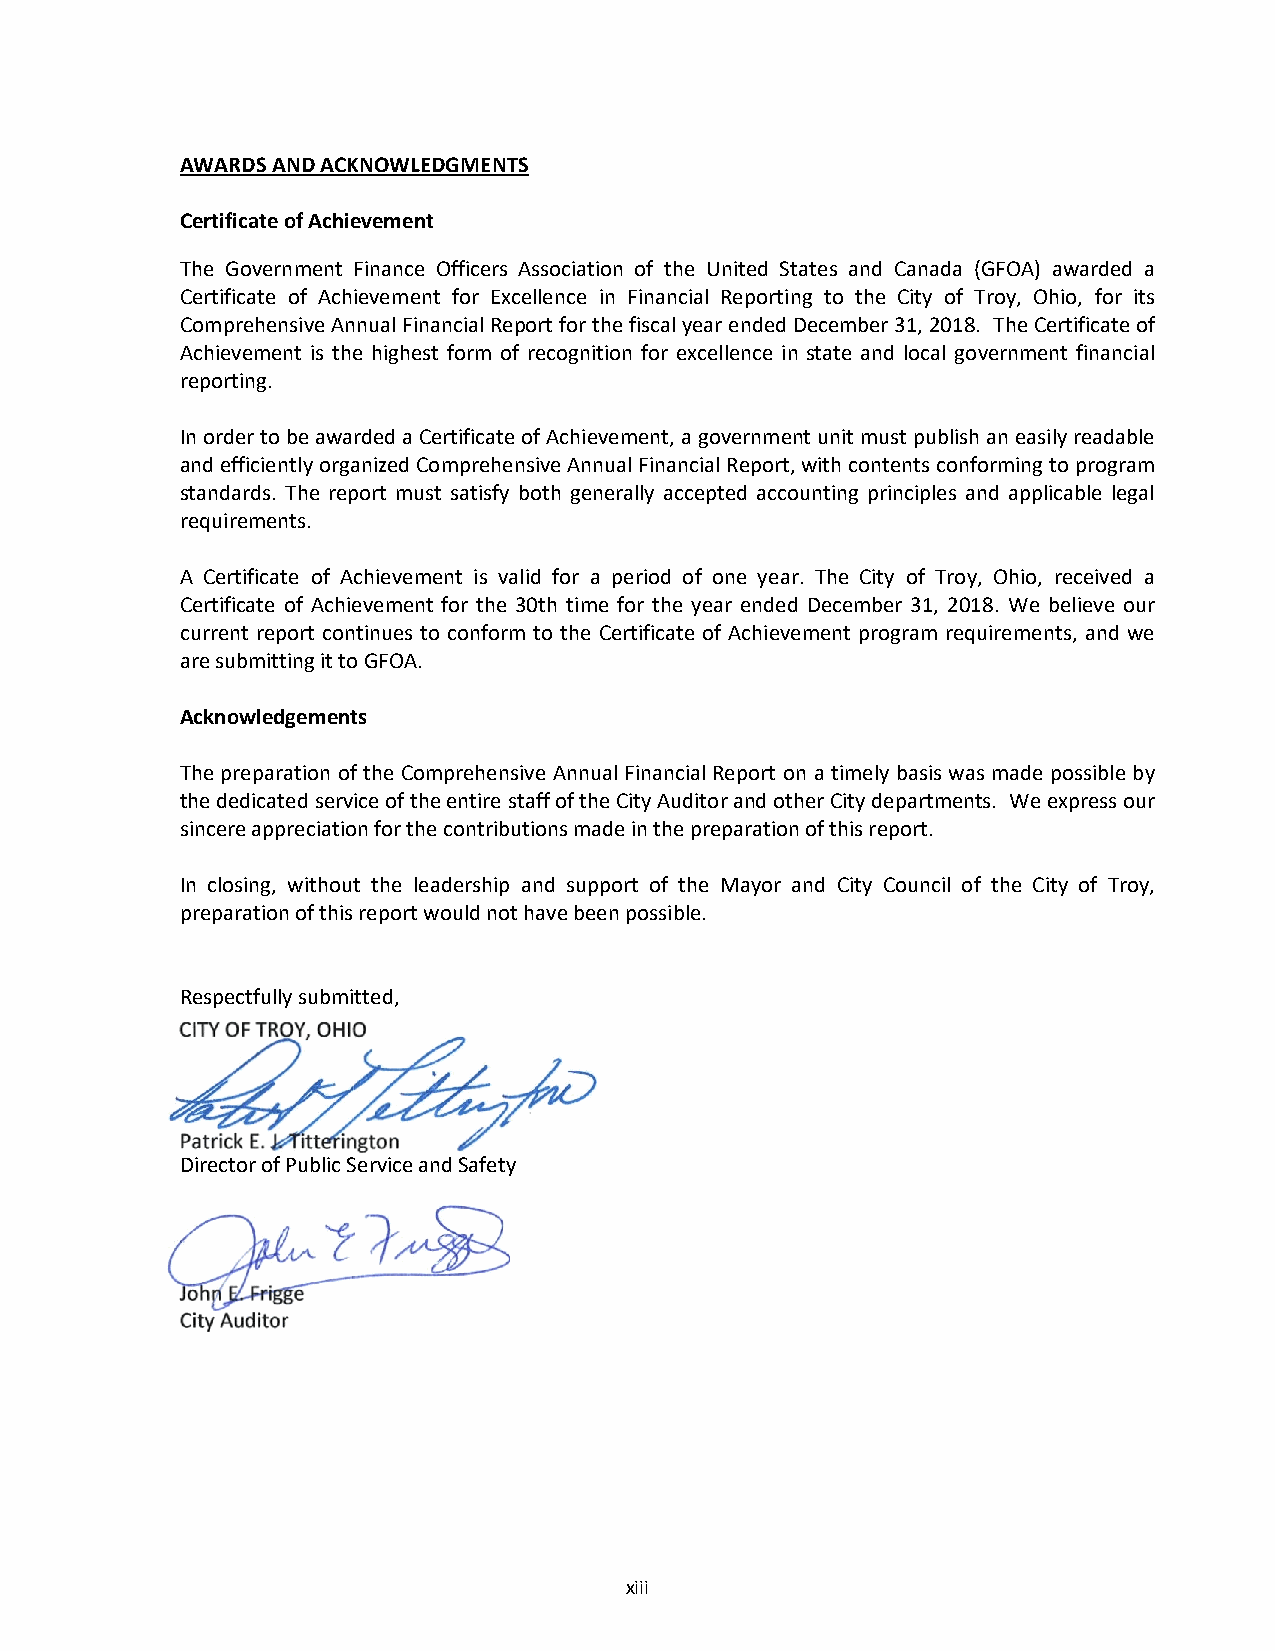
AWARDS AND ACKNOWLEDGMENTS
 Certificate of Achievement
 The Government Finance Officers Association of the United States and Canada (GFOA) awarded a
 Certificate of Achievement for Excellence in Financial Reporting to the City of Troy, Ohio, for its
 Comprehensive Annual Financial Report for the fiscal year ended December 31, 2018. The Certificate of
 Achievement is the highest form of recognition for excellence in state and local government financial
 reporting.
 In order to be awarded a Certificate of Achievement, a government unit must publish an easily readable
 and efficiently organized Comprehensive Annual Financial Report, with contents conforming to program
 standards. The report must satisfy both generally accepted accounting principles and applicable legal
 requirements.
 A Certificate of Achievement is valid for a period of one year. The City of Troy, Ohio, received a
 Certificate of Achievement for the 30th time for the year ended December 31, 2018. We believe our
 current report continues to conform to the Certificate of Achievement program requirements, and we
 are submitting it to GFOA.
 Acknowledgements
 The preparation of the Comprehensive Annual Financial Report on a timely basis was made possible by
 the dedicated service of the entire staff of the City Auditor and other City departments. We express our
 sincere appreciation for the contributions made in the preparation of this report.
 In closing, without the leadership and support of the Mayor and City Council of the City of Troy,
 preparation of this report would not have been possible.
 Respectfully submitted,
 Director of Public Service and Safety
 xiii